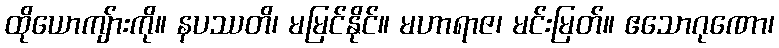
ထိုယောကျ်ားကို။ နပဿတိ၊ မမြင်နိုင်။ မဟာရာဇ၊ မင်းမြတ်။ ဧသောဂုဏော၊